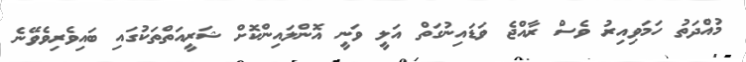
މުއްދަތު ހަމަވިއިރު ވެސް ރާއްޖެ ވަޑައިނުގަތް އަލީ ވަނީ އޮންލައިންކޮށް ޝަރީއަތްތަކުގައި ބައިވެރިވެވޭނެ